system: You are a helpful assistant.
user:
Analyze the provided spectrum to determine if it is a **Carbon Star (C-type)**.

- **Key Visual Indicators of Carbon Star:**
    - **(Primary):** Strong molecular absorption from **C₂ (diatomic carbon) "Swan Bands."** This is the **defining feature** of a carbon star.
        - **(Key Bandheads):** Sharp absorption edges are visible at approximately $5635$ Å, $5165$ Å (the strongest band), and $4737$ Å.
        - **(Line Profile):** Creates a distinct **"saw-tooth"** pattern. The key morphology is a sharp, steep bandhead on the **red (long-wavelength) side**, which then gradually tapers off (i.e., flux recovers) towards the **blue (short-wavelength) side**. *(This is the direct opposite of the TiO bands seen in M-type stars)*.

    - **(Secondary):** Intense **CN (cyanogen)** molecular absorption bands.
        - **(Key Bandheads):** Located in the blue and violet regions of the spectrum (e.g., near $4215$ Å and $3883$ Å).
        - **(Morphology):** These bands are extremely broad and act as a "blanket," absorbing the vast majority of blue and violet light. This creates a characteristic **"cliff"** or **"steep drop-off"** in the spectrum's flux at short wavelengths.

    - **(Key Confirmation):** Strong **CH absorption band (G-band)**.
        - **(Key Bandhead):** Located around $4300$ Å. The contribution from CH molecules to this band is exceptionally strong.

    - **(Overall Spectrum):**
        - The continuum is severely "chopped up" by these deep molecular bands, especially C₂, rather than appearing as a smooth curve.
        - Due to the heavy CN and C₂ absorption in the blue-green, the vast majority of the star's flux is concentrated in the red part of the spectrum, giving the star its characteristic deep red color.

Think first, call **spectral_visualization_tool** if needed to examine features in detail, then provide your final answer. Your response must adhere to the following strict rules:
1.  **Overall Structure:** Your response must follow the format `<think>...</think> <tool_call>...</tool_call> (if a tool is used) <answer>...</answer>`.
2.  **Tool Usage Constraint:** You may only make **one** tool call per turn.
3.  **Final Answer Format:** In the `<answer>` tag, your conclusion must be inside a `\boxed{}` command (e.g., `\boxed{YES}`), followed by your justification.

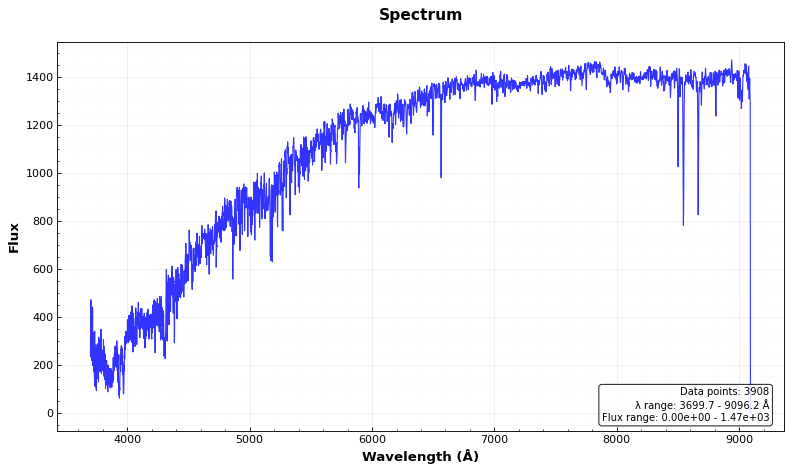
Answer: NO